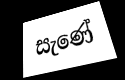
සැණේ